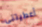
أعطيتنى